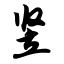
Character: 竖